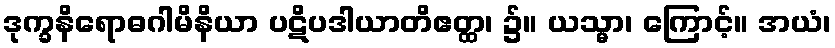
ဒုက္ခနိရောဓဂါမိနိယာ ပဋိပဒါယာတိဧတ္ထ၊ ၌။ ယသ္မာ၊ ကြောင့်။ အယံ၊